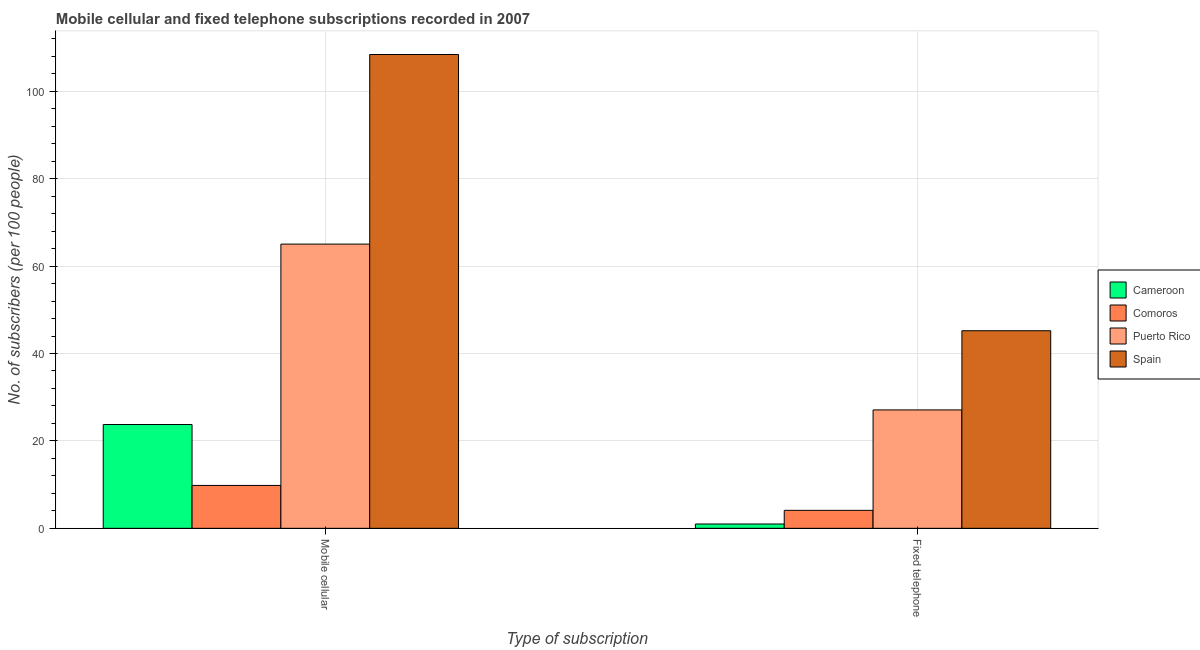
| Type of subscription | Cameroon | Comoros | Puerto Rico | Spain |
 | --- | --- | --- | --- | --- |
 | Mobile cellular | 23.8 | 9.82 | 65 | 108 |
 | Fixed telephone | 0.989 | 4.11 | 27.1 | 45.2 |